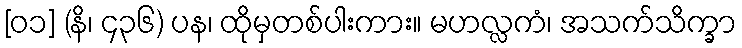
[၀၁] (နိ၊ ၄၃၆) ပန၊ ထိုမှတစ်ပါးကား။ မဟလ္လကံ၊ အသက်သိက္ခာ